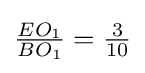
{\tfrac {EO_{1}}{BO_{1}}}={\tfrac {3}{10}}